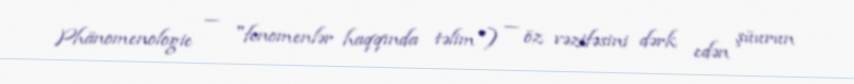
Phänomenologie — "fenomenlər haqqında təlim") — öz vəzifəsini dərk edən şüurun